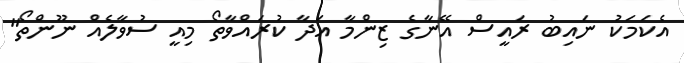
އެކަމަކު ނައިބު ރައީސް އޭނާގެ ޒިންމާ އަދާ ކުރައްވާތޯ މިއީ ސުވާލެއް ނޫންތޯ"